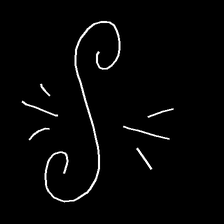
Glyph: wind-directs-air